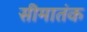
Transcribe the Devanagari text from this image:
सीमातंक